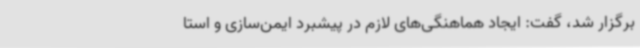
برگزار شد، گفت: ایجاد هماهنگی‌های لازم در پیشبرد ایمن‌سازی و استا